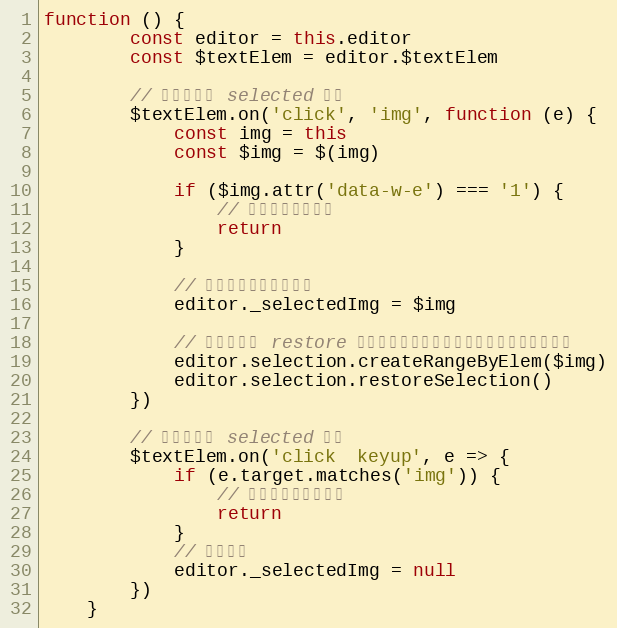
Language: JavaScript
function () {
        const editor = this.editor
        const $textElem = editor.$textElem

        // 为图片增加 selected 样式
        $textElem.on('click', 'img', function (e) {
            const img = this
            const $img = $(img)

            if ($img.attr('data-w-e') === '1') {
                // 是表情图片，忽略
                return
            }

            // 记录当前点击过的图片
            editor._selectedImg = $img

            // 修改选区并 restore ，防止用户此时点击退格键，会删除其他内容
            editor.selection.createRangeByElem($img)
            editor.selection.restoreSelection()
        })

        // 去掉图片的 selected 样式
        $textElem.on('click  keyup', e => {
            if (e.target.matches('img')) {
                // 点击的是图片，忽略
                return
            }
            // 删除记录
            editor._selectedImg = null
        })
    }